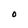
Character: O